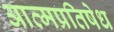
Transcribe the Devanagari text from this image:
आत्मप्रतिषेध